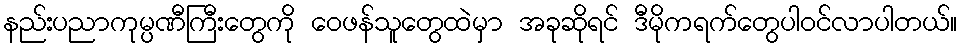
နည်းပညာကုမ္ပဏီကြီးတွေကို ဝေဖန်သူတွေထဲမှာ အခုဆိုရင် ဒီမိုကရက်တွေပါဝင်လာပါတယ်။